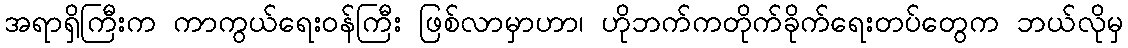
အရာရှိကြီးက ကာကွယ်ရေးဝန်ကြီး ဖြစ်လာမှာဟာ၊ ဟိုဘက်ကတိုက်ခိုက်ရေးတပ်တွေက ဘယ်လိုမှ